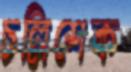
চল্লিশেক